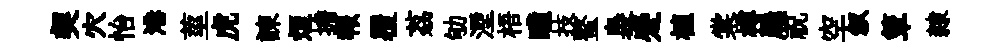
契穴怡港莖虎諫烜擔報覆荔劬湮梧瞳技螯裊蹙植棠樽屨祝空叙簟隸